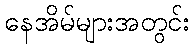
နေအိမ်များအတွင်း